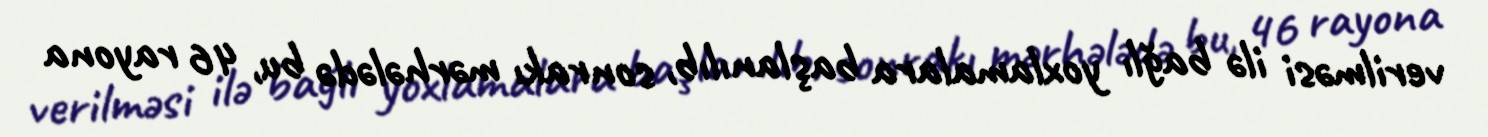
verilməsi ilə bağlı yoxlamalara başlanılıb, sonrakı mərhələdə bu, 46 rayona